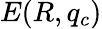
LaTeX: E(R,q_{c})